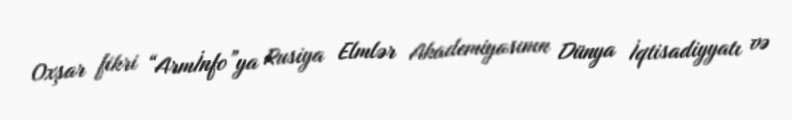
Oxşar fikri “Armİnfo”ya Rusiya Elmlər Akademiyasının Dünya İqtisadiyyatı və